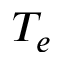
T _ { e }